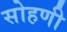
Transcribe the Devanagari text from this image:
सोहणी